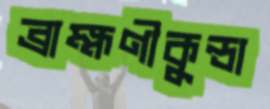
ব্রাহ্মণীকুন্ডা